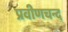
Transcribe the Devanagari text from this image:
प्रवीणचन्द